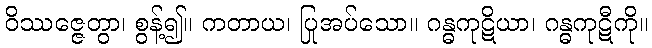
ဝိဿဇ္ဇေတွာ၊ စွန့်၍။ ကတာယ၊ ပြုအပ်သော။ ဂန္ဓကုဋိယာ၊ ဂန္ဓကုဋီကို။